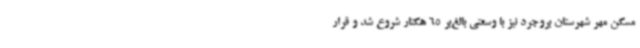
مسکن مهر شهرستان بروجرد نیز با وسعتی بالغ‌بر 65 هکتار شروع شد و قرار